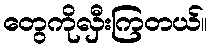
တွေကိုလှီးကြတယ်။